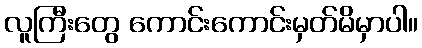
လူကြီးတွေ ကောင်းကောင်းမှတ်မိမှာပါ။